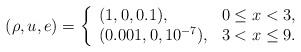
LaTeX: \begin{align*}(\rho,u,e)=\left\{\begin{array}{ll}(1,0,0.1), & \textrm{$ 0\leq x < 3$},\\(0.001,0,10^{-7}), & \textrm{$3< x\leq 9$}.\end{array}\right.\end{align*}